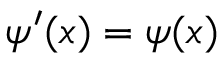
\psi ^ { \prime } ( x ) = \psi ( x )